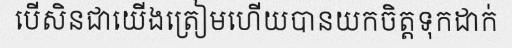
បើសិនជាយើងត្រៀមហើយបានយកចិត្តទុកដាក់